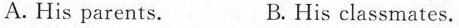
A. His parents. B. His classmates.